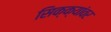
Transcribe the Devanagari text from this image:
सिक्क्यांवर